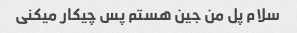
سلام پل من جین هستم پس چیکار میکنی